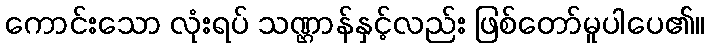
ကောင်းသော လုံးရပ် သဏ္ဌာန်နှင့်လည်း ဖြစ်တော်မူပါပေ၏။